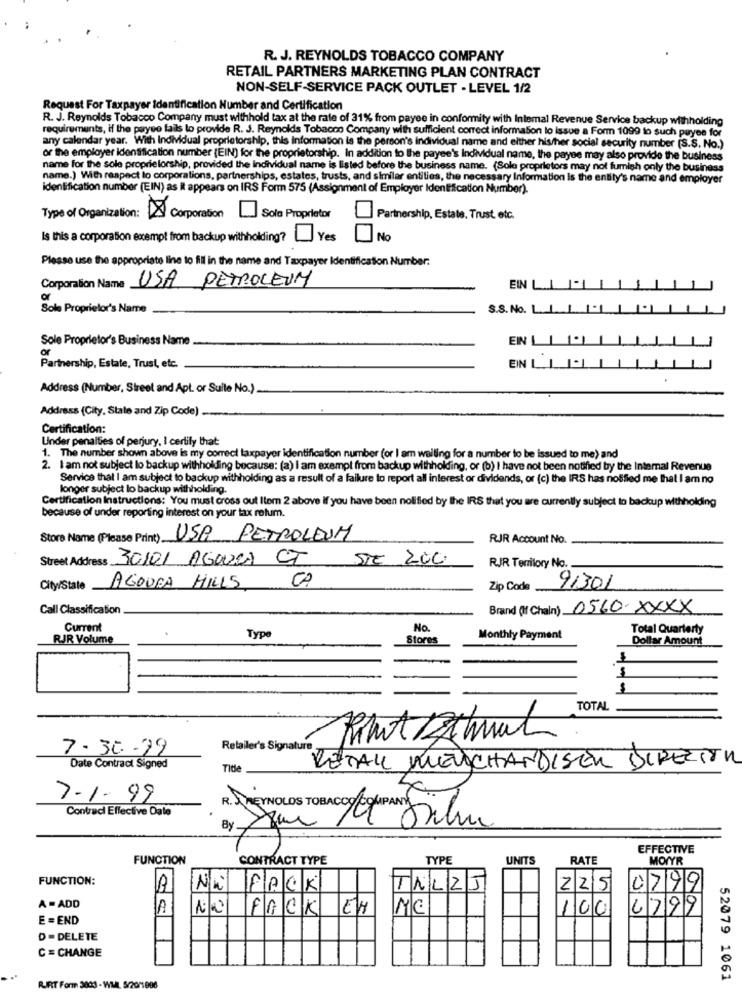
R. J. REYNOLDS TOBACCO COMPANY
RETAIL PARTNERS MARKETING PLAN CONTRACT
NON-SELF-SERVICE PACK OUTLET - LEVEL 1/2
Request For Taxpayer Identification Number and Certification
R. J. Reynolds Tobacco Company must withhold tax at the rate of 31% from payee in conformity with Intemal Revenue Service backup withholding
requirements, if the payee fails to provide R. J. Reynolds Tobacco Company with sufficient correct information lo issue a Form 1099 to such puyee for
any calendar year. With Individual proprietorship, this information is the person's individual name and either his/her social security number (S.S. No.)
or the employer identification number (EIN) for the proprietorship. In addition to the payee's Individual name, the payee may also provide the business
name for the sole proprietorship, provided the individual name is listed before the business name. (Sole proprietors may not fumish only the business
name.) With respect to corporations, partnerships, estates, trusts, and similar entities, the necessary Information is the entity's name and employer
identification number (EIN) as it appears on IRS Form 575 (Assignment of Employer Identification Number).
Type of Organization:
Corporation
Sole Proprietor
Partnership, Estate. Trust. etc.
Is this a corporation exempt from backup withholding? |_ Yes
No
Please use the appropriate line to fill in the name and Taxpayer Identification Number:
USA PETROLEUM
Corporation Name
EIN
of
Sole Proprietor's Name
S.S. No.
Sole Proprietor's Business Name
EIN
Partnership, Estate, Trust, etc.
EIN LL
Address (Number, Street and Apt. or Sulle No.)
Address (City, State and Zip Code)
Certification:
Under penalties of perjury, I certify that
1. The number shown above is my correct taxpayer identification number (or I am walling for a number to be issued to me) and
2. I am not subject lo backup withholding because: (a) I am exempl from backup withholding, or (b) I have not been notified by the Internal Revenue
Service that I am subject to backup withholding as a result of a failure to report all interest or dividends, or (c) the IRS has notified me that I am no
longer subject lo backup withholding.
Certification Instructions: You must cross out Item 2 above If you have been notified by the IRS that you are currently subject to backup withholding
because of under reporting interest on your tax retum.
Store Name (Please Print) ...
USA PETROLEUM
RJR Account No.
Street Address 30101 AGOURA CT STE ZUC
RJR Territory No.
City/State
AGOURA HILLS CA
Zip Code
91301
Call Classification
Brand (if Chain) 0560-XXXX
Current
No.
Total Quarterty
RJR Volume
Type
Stores
Monthly Payment
Dollar Amount
TOTAL
7.30-19
Retailer's Signature
RETAIL MERCHANDISER DIRECTOR
Date Contract Signed
Title
7.1.99
Contrac Effective Date
EFFECTIVE
FUNCTION
CONTRACT TYPE
TYPE
UNITS
RATE
MOIYR
FUNCTION:
NW PACK
TALZJ
2 25
0799
A = ADD
A
NO FACK EH
MC
100
4799
E = END
D =DELETE
C = CHANGE
52079 1061
RUIRT Form 3000 - WML 5/20/1 998